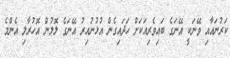
ކަރުނައާއި ވޭނަކީ އޭނަގެ ބައިވެރިއަކަށް ހަދައިގެން އުޅުނުއިރު އޭނަގެ ލޮލުން އޮހުރާލި އެންމެ